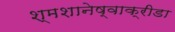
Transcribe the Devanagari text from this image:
श्मशानेष्वाक्रीडा